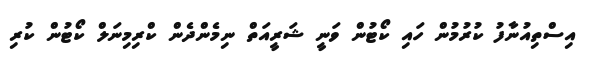
އިސްތިއުނާފު ކުރުމުން ހައި ކޯޓުން ވަނީ ޝަރީއަތް ނިމެންދެން ކްރިމިނަލް ކޯޓުން ކުރި